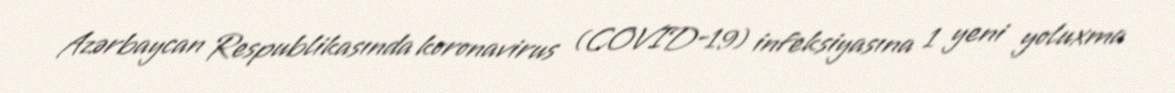
Azərbaycan Respublikasında koronavirus (COVID-19) infeksiyasına 1 yeni yoluxma